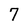
Character: 7